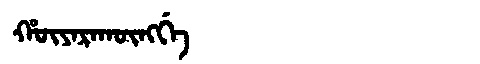
Manchu: ᡥᡡᠶᠠᡵᠠᡴᡡᠩᡤᡝ
Romanization: HŪYARAKŪNGGE